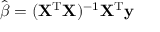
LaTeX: { \hat { \boldsymbol { \beta } } } = ( \mathbf { X } ^ { \mathrm { { T } } } \mathbf { X } ) ^ { - 1 } \mathbf { X } ^ { \mathrm { { T } } } \mathbf { y }